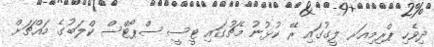
ދިވެހި ޕްރިމިއަރ ލީގުގައި ރޭ ކުޅުނު މެޗުގައި ޓީސީ ސްޕޯޓްސް ކްލަބުގެ މައްޗަށް